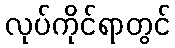
လုပ်ကိုင်ရာတွင်